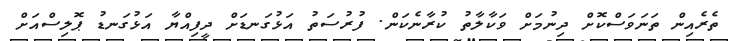
ތެރެއިން ތަނަވަސްކޮށް ދިނުމަށް ވަކާލާތު ކުރާނެކަން. ފުރުސަތު އަޅުގަނޑަށް ދީފިއްޔާ އަޅުގަނޑު ޕޮލިސްއަށް